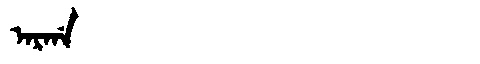
Manchu: ᠠᡵᡤᠠ
Romanization: ARGA